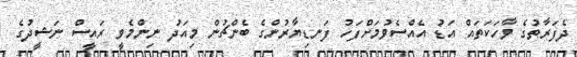
ދެފަރާތުގެ ވާހަކަތައް އަޑު އެއްސެވުމަށްފަހު ފަނޑިޔާރުންގެ ބެންޗުން މިއަދު ނިންމެވީ ރައީސް ނަޝީދުގެ